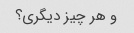
و هر چیز دیگری؟